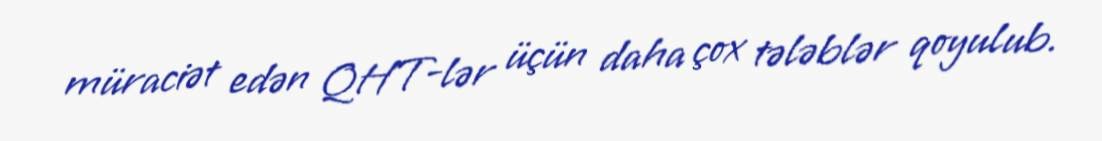
müraciət edən QHT-lər üçün daha çox tələblər qoyulub.